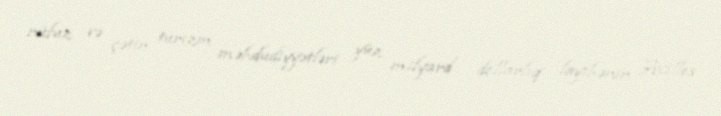
nüfuz və çətin turizm məhdudiyyətləri yüz milyard dollarlıq layihənin Axilles